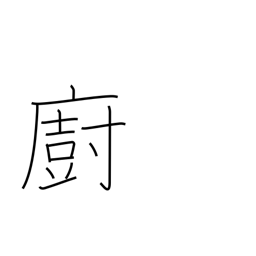
Meaning: kitchen